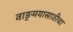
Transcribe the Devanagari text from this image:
वाङ्‌मयासाठीचा